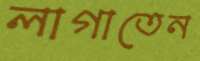
লাগাতেন